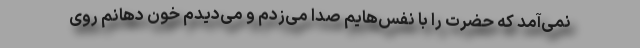
نمی‌آمد که حضرت را با نفس‌هایم صدا می‌زدم و می‌دیدم خون دهانم روی